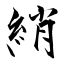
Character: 綃